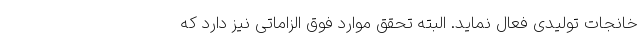
خانجات تولیدی فعال نماید. البته تحقق موارد فوق الزاماتی نیز دارد که